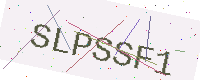
Text: SLPSSF1